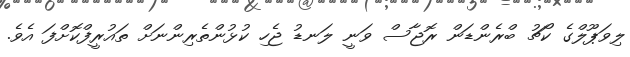
ލިވަޕޫލްގެ ކޯޗު ބްރެންޑަން ރޮޖާސް ވަނީ ލަނޑު ޖެހި ކުޅުންތެރިންނަށް ތައުރީފްކޮށްފަ އެވެ.